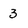
Character: 3